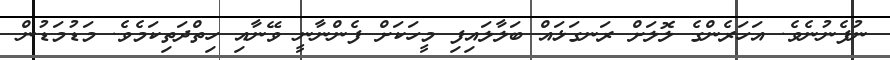
ނުފެނުނެވެ. އަހަރެންގެ ލޮލަށް ރަނގަޅައް ބަލާލައިފި މީހަކަށް ފެންނާނީ ވޭނާއި ހިތްދަތިކަމެވެ. މަޑުމަޑުން